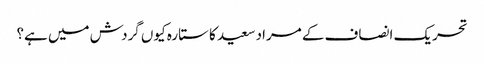
تحریک انصاف کے مراد سعید کا ستارہ کیوں گردش میں ہے؟